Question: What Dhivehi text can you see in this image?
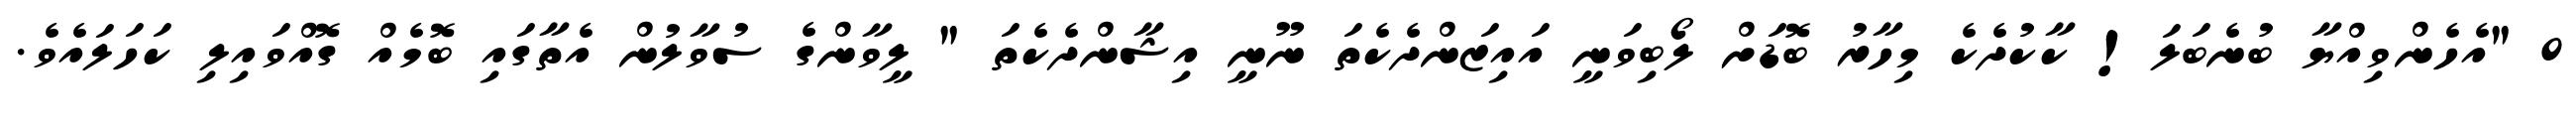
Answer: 0 "އެހެންވިއްޔާ ބުނެބަލަ! ކާކުދެކެ މިހާރު ބޮޑަށް ލޯބިވަނީ އައިޒަންދެކެތަ ނޫނީ އިޝާންދެކެތަ " ލީވާންގެ ސުވާލުން އެތާގައި ބޮމެއް ގޮއްވައިލި ކަހަލައެވެ.